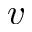
v